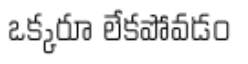
ఒక్కరూ లేకపోవడం